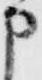
申